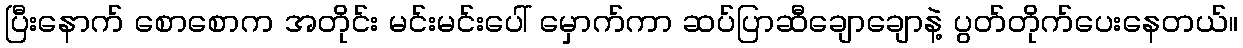
ပြီးနောက် စောစောက အတိုင်း မင်းမင်းပေါ် မှောက်ကာ ဆပ်ပြာဆီချောချောနဲ့ ပွတ်တိုက်ပေးနေတယ်။